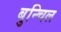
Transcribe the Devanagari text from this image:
बुन्चिल